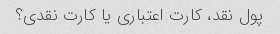
پول نقد، کارت اعتباری یا کارت نقدی؟